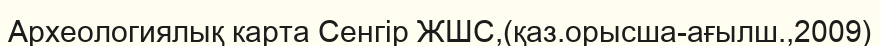
Археологиялық карта Сенгір ЖШС,(қаз.орысша-ағылш.,2009)